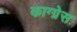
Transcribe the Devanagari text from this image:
काग्ग्रेस